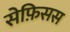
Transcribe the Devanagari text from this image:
सेफ़िसस